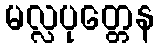
မလ္လပုတ္တေန